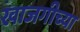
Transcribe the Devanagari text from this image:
खाजगीच्या